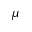
\mu